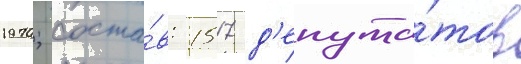
1970; соста́в: 1517 д'епута́тов